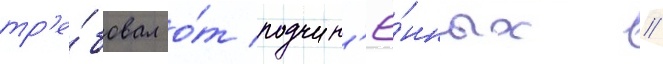
тр'е́бовал о́т подчин'ё́нных //